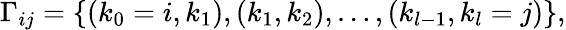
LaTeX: \Gamma_{ij}=\{ (k_{0}=i,k_{1}),(k_{1},k_{2}),\ldots,(k_{l-1},k_{l}=j)\} ,